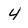
Character: 4